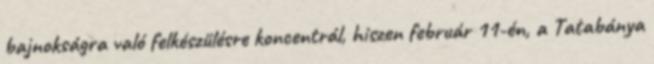
bajnokságra való felkészülésre koncentrál, hiszen február 11-én, a Tatabánya